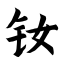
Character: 钕